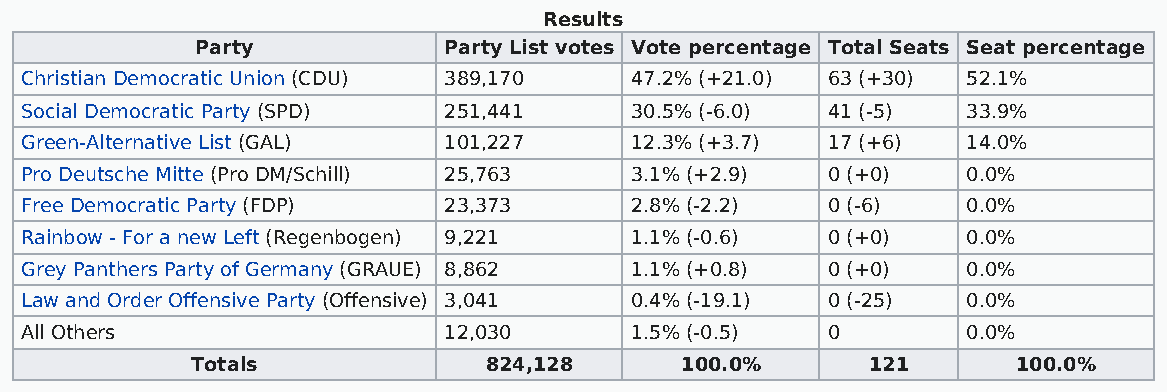
Results
 Party           Party List votes Vote percentage Total Seats Seat percentage
 Christian Democratic Union (CDU) 389,170 47.2% (+21.0) 63 (+30) 52.1%
 Social Democratic Party (SPD) 251,441    30.5% (-6.0) 41 (-5)  33.9%
 Green-Alternative List (GAL) 101,227     12.3% (+3.7) 17 (+6)  14.0%
 Pro Deutsche Mitte (Pro DM/Schill) 25,763 3.1% (+2.9) 0 (+0)   0.0%
 Free Democratic Party (FDP) 23,373       2.8% (-2.2)  0 (-6)   0.0%
 Rainbow - For a new Left (Regenbogen) 9,221 1.1% (-0.6) 0 (+0) 0.0%
 Grey Panthers Party of Germany (GRAUE) 8,862 1.1% (+0.8) 0 (+0) 0.0%
 Law and Order Offensive Party (Offensive) 3,041 0.4% (-19.1) 0 (-25) 0.0%
 All Others                  12,030       1.5% (-0.5)  0        0.0%
 Totals             824,128      100.0%       121      100.0%